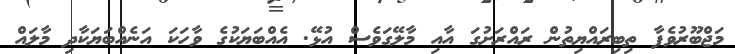
މަޖްބޫރުވެފާ ތިބިރައްޔިތުން ރައްރަށުގަ އާއި މާލޭގަވެސް އުޅޭ. އެއްބަޔަކުގެ ވާހަކަ އަނެއްބަޔަކާދި މާލައް